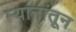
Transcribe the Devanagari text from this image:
म्यानांतून